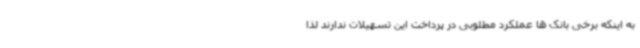
به اینکه برخی بانک ها عملکرد مطلوبی در پرداخت این تسهیلات ندارند لذا